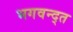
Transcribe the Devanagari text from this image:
भगवन्द्त